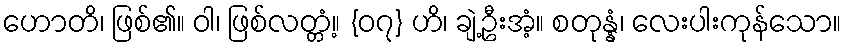
ဟောတိ၊ ဖြစ်၏။ ဝါ၊ ဖြစ်လတ္တံ့။ {၀၇} ဟိ၊ ချဲ့ဦးအံ့။ စတုန္နံ၊ လေးပါးကုန်သော။